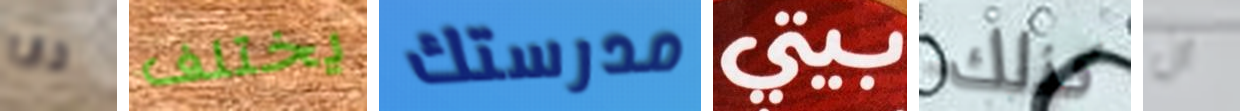
دانا يختلف مدرستك بيتي كذلك ان